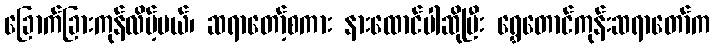
ခြောက်ခြားကုန်လိမ့်မယ်၊ ဆရာတော့်စကား နားထောင်ပါဆိုပြီး ရွှေတောင်ကုန်းဆရာတော်က